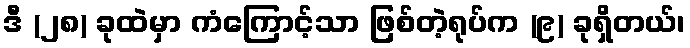
ဒီ (၂၈) ခုထဲမှာ ကံကြောင့်သာ ဖြစ်တဲ့ရုပ်က (၉) ခုရှိတယ်၊